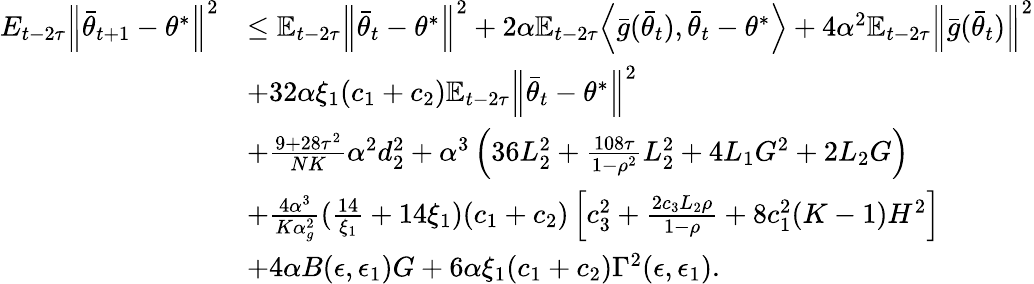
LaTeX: \begin{array}{rl}{E_{t-2\tau}\Big\lVert\bar{\theta}_{t+1}-\theta^{*}\Big\rVert^{2}}&{\le\mathbb{E}_{t-2\tau}\Big\lVert\bar{\theta}_{t}-\theta^{*}\Big\rVert^{2}+2\alpha\mathbb{E}_{t-2\tau}\Big\langle\bar{g}(\bar{\theta}_{t}),\bar{\theta}_{t}-\theta^{*}\Big\rangle+4\alpha^{2}\mathbb{E}_{t-2\tau}\Big\lVert\bar{g}(\bar{\theta}_{t})\Big\rVert^{2}}\\ &{+32\alpha\xi_{1}(c_{1}+c_{2})\mathbb{E}_{t-2\tau}\Big\lVert\bar{\theta}_{t}-\theta^{*}\Big\rVert^{2}}\\ &{+\frac{9+28\tau^{2}}{NK}\alpha^{2}d_{2}^{2}+\alpha^{3}\left(36L_{2}^{2}+\frac{108\tau}{1-\rho^{2}}L_{2}^{2}+4L_{1}G^{2}+2L_{2}G\right)}\\ &{+\frac{4\alpha^{3}}{K\alpha_{g}^{2}}(\frac{14}{\xi_{1}}+14\xi_{1})(c_{1}+c_{2})\left[c_{3}^{2}+\frac{2c_{3}L_{2}\rho}{1-\rho}+8c_{1}^{2}(K-1)H^{2}\right]}\\ &{+4\alpha B(\epsilon,\epsilon_{1})G+6\alpha\xi_{1}(c_{1}+c_{2})\Gamma^{2}(\epsilon,\epsilon_{1}).}\end{array}